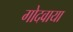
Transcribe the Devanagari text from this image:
गोदवाया